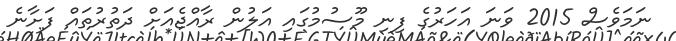
ނަމަވެސް 2015 ވަނަ އަހަރުގެ ފިނި މޫސުމުގައި އަލުން ރާއްޖެއަށް ދަތުރުތައް ފަށާނެ